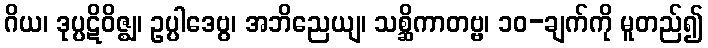
ဂိယ၊ ဒုပ္ပဋိဝိဇ္ဈ၊ ဥပ္ပါဒေဗွ၊ အဘိညေယျ၊ သစ္ဆိကာတဗ္ဗ၊ ၁၀-ချက်ကို မူတည်၍